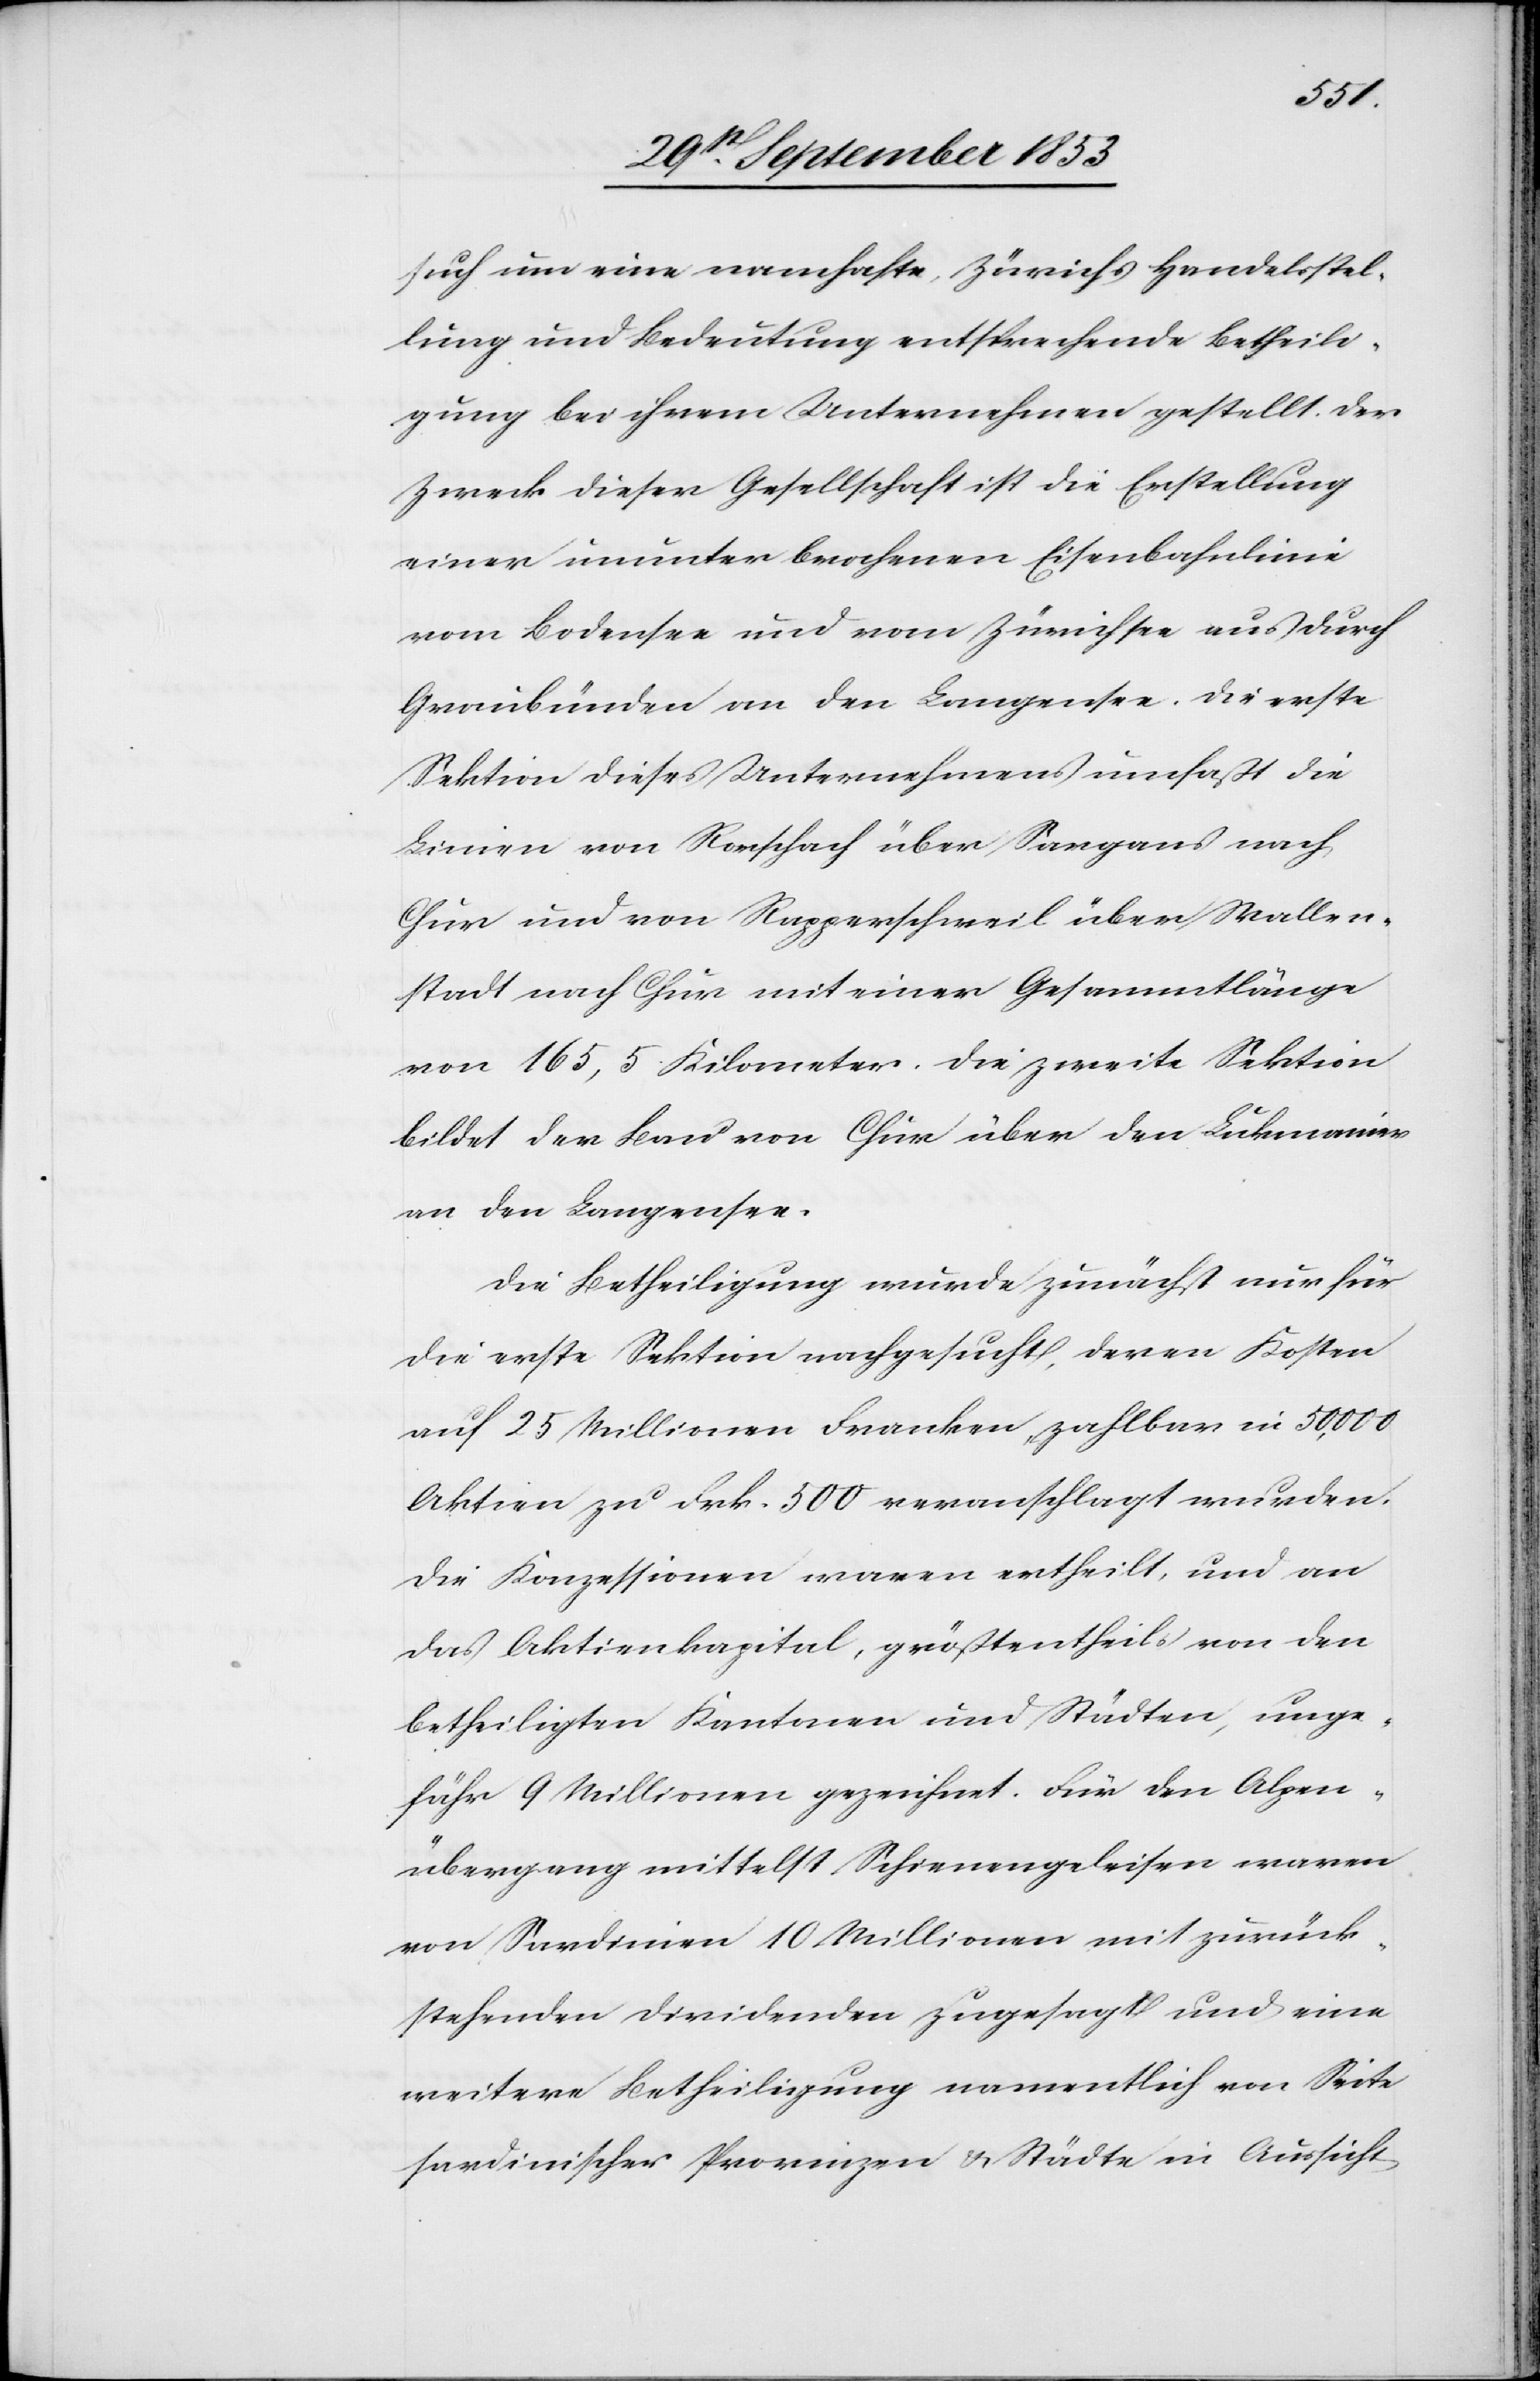
such um eine namhafte, Zürichs Handelsstel¬
lung und Bedeutung entsprechende Betheili¬
gung bei ihrem Unternehmen gestellt. Der
Zweck dieser Gesellschaft ist die Erstellung
einer ununterbrochenen Eisenbahnlinie
vom Bodensee und vom Zürichsee aus durch
Graubünden an den Langensee. Die erste
Sektion dieses Unternehmens umfaßt die
Linien vom Rorschach über Sargans nach
Chur und von Rapperschweil über Wallen¬
stadt nach Chur mit einer Gesammtlänge
von 165,5 Kilometer. Die zweite Sektion
bildet der Bau von Chur über den Lukmanier
an den Langensee.
Die Betheiligung wurde zunächst nur für
die erste Sektion nachgesucht, deren Kosten
auf 25 Millionen Franken zahlbar in 50,000
Aktiven zu Frk. 500 veranschlagt wurden,
die Konzessionen waren ertheilt, und an
das Aktienkapital, größtentheils von den
betheiligten Kantonen und Städten, unge¬
fähr 9 Millionen gezeichnet. Für den Alpen¬
übergang mittelst Schienengeleisen waren
von Sardinien 10 Millionen mit zurück¬
stehenden Dividenden zugesagt und eine
weitere Betheiligung namentlich von Seite
sardinischer Provinzen u. Städte in Aussicht